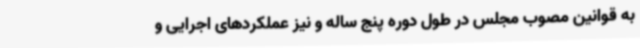
به قوانین مصوب مجلس در طول دوره پنج ساله و نیز عملکردهای اجرایی و